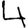
Digit: 4